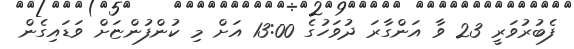
ފެބުރުވަރީ 23 ވާ އަންގާރަ ދުވަހުގެ 13:00 އަށް މި ކުންފުންޏަށް ވަޑައިގެން